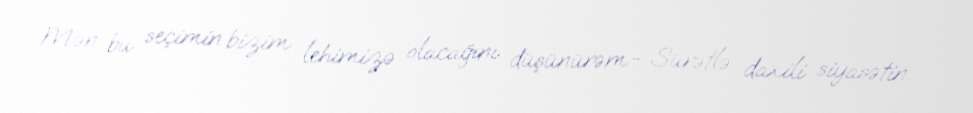
Mən bu seçimin bizim lehimizə olacağını düşünürəm.- Sürətlə daxili siyasətin